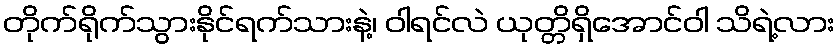
တိုက်ရိုက်သွားနိုင်ရက်သားနဲ့၊ ဝါရင်လဲ ယုတ္တိရှိအောင်ဝါ သိရဲ့လား